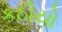
કઠીયો